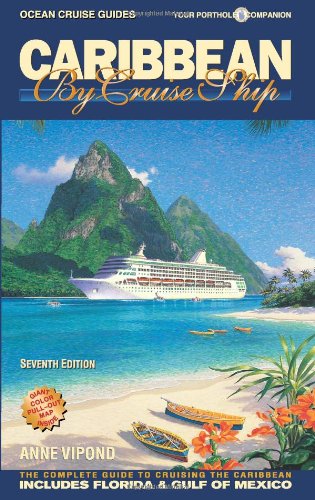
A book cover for Caribbean by Cruise Ship - 7th Edition: The Complete Guide to Cruising the Caribbean - With Giant Pull-Out Map (Caribbean by Cruise Ship: The Complete Guide to Cruising the Caribbean); Anne Vipond; Travel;